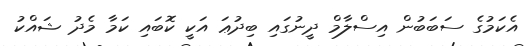
އެކަމުގެ ސަބަބުން އިސްލާމް ދީނުގައި ބިދުޢަ އަކީ ކޮބައި ކަމާ މެދު ޝައްކު